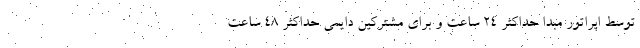
توسط اپراتور مبدا حداکثر ۲۴ ساعت و برای مشترکین دایمی ‌حداکثر ۴۸ ساعت